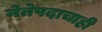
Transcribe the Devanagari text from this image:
नेतेपदाचाही